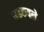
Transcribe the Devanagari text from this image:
फडकवले